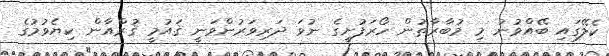
ކެލޭގައި ބޭއްވުނު މި މުބާރާތުން ހޯރަފުށީގެ ނުވަ ދަރިވަރުންވަނީ ޤައުމީ ޤުރްއާން ކިޔެވުމުގެ